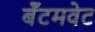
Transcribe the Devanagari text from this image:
बॅंटमवेट